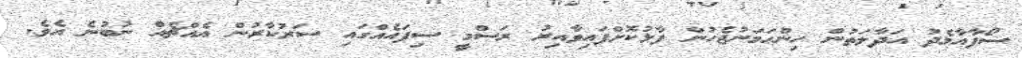
ސޯފާއާމެދު އަދާލަތުން ހިންހަމަނުޖެހުން ފާޅުކޮށްފައިވާއިރު ރަސްމީ ސިފައެއްގައި ސަރުކާރުން އެއްޗެއް ނުބުނެ އެވެ.